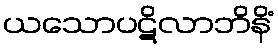
ယသောပဋိလာဘိနိံ